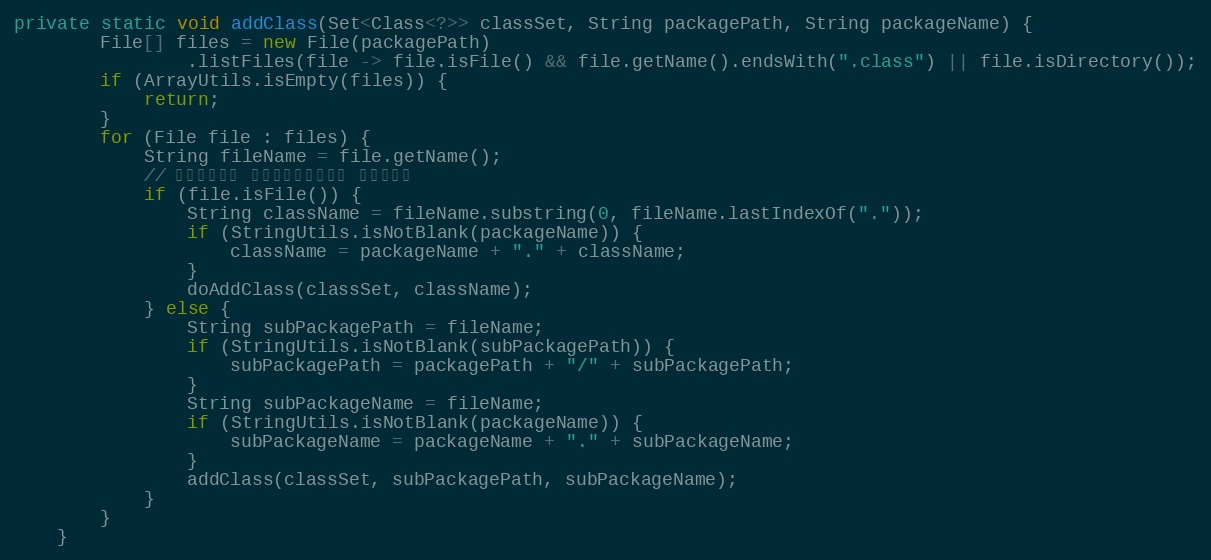
Language: Java
private static void addClass(Set<Class<?>> classSet, String packagePath, String packageName) {
        File[] files = new File(packagePath)
                .listFiles(file -> file.isFile() && file.getName().endsWith(".class") || file.isDirectory());
        if (ArrayUtils.isEmpty(files)) {
            return;
        }
        for (File file : files) {
            String fileName = file.getName();
            // 是指定的文件 就获取到全限定类名 然后装载它
            if (file.isFile()) {
                String className = fileName.substring(0, fileName.lastIndexOf("."));
                if (StringUtils.isNotBlank(packageName)) {
                    className = packageName + "." + className;
                }
                doAddClass(classSet, className);
            } else {
                String subPackagePath = fileName;
                if (StringUtils.isNotBlank(subPackagePath)) {
                    subPackagePath = packagePath + "/" + subPackagePath;
                }
                String subPackageName = fileName;
                if (StringUtils.isNotBlank(packageName)) {
                    subPackageName = packageName + "." + subPackageName;
                }
                addClass(classSet, subPackagePath, subPackageName);
            }
        }
    }